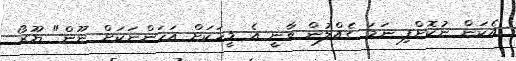
އެކަން ނުކޮށްފި ނަމަ ގެއްލުން ވާނީ އެ މީީހަކަށް އަހަންނަކަށް ނޫން" ޔޫރޯ